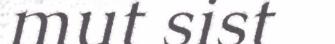
mut sist